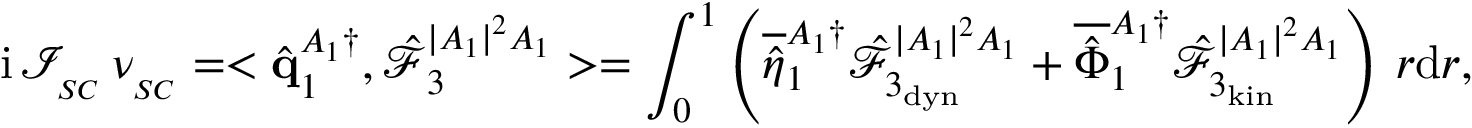
\mathrm { i } \, \mathcal { I } _ { _ { S C } } \, \nu _ { _ { S C } } = < \hat { \mathbf { q } } _ { 1 } ^ { A _ { 1 } \dagger } , \boldsymbol { \hat { \mathcal { F } } } _ { 3 } ^ { | A _ { 1 } | ^ { 2 } A _ { 1 } } > = \int _ { 0 } ^ { 1 } \left( \overline { { \hat { \eta } } } _ { 1 } ^ { A _ { 1 } \dagger } \hat { \mathcal { F } } _ { 3 _ { \mathrm { d y n } } } ^ { | A _ { 1 } | ^ { 2 } A _ { 1 } } + \overline { { \hat { \Phi } } } _ { 1 } ^ { A _ { 1 } \dagger } \hat { \mathcal { F } } _ { 3 _ { \mathrm { k i n } } } ^ { | A _ { 1 } | ^ { 2 } A _ { 1 } } \right) \, r \mathrm { d } r ,